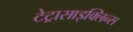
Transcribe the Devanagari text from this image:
टेट्रासाइक्लिन्स